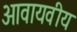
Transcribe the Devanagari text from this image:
आवायवीय